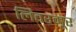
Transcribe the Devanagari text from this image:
लिवरमूर